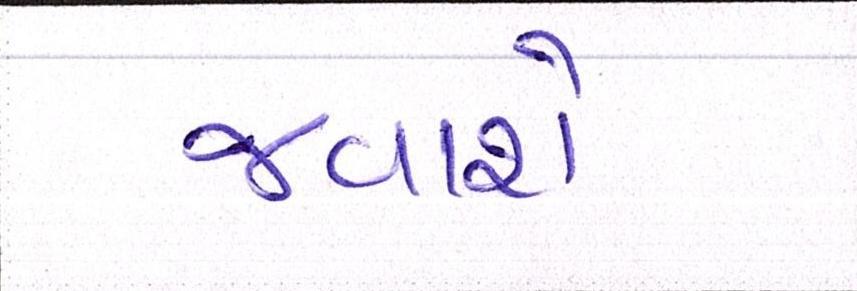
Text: જવાશે